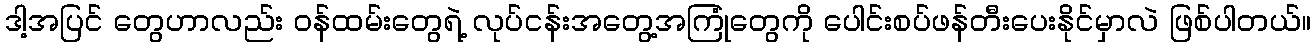
ဒါ့အပြင် တွေဟာလည်း ဝန်ထမ်းတွေရဲ့ လုပ်ငန်းအတွေ့အကြုံတွေကို ပေါင်းစပ်ဖန်တီးပေးနိုင်မှာလဲ ဖြစ်ပါတယ်။